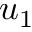
u _ { 1 }